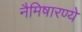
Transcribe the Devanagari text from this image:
नैमिषारण्ये